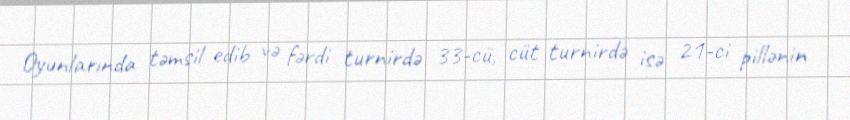
Oyunlarında təmsil edib və fərdi turnirdə 33-cü, cüt turnirdə isə 21-ci pillənin